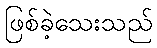
ဖြစ်ခဲ့သေးသည်